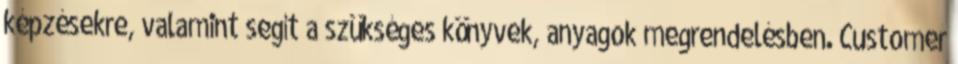
képzésekre, valamint segít a szükséges könyvek, anyagok megrendelésben. Customer